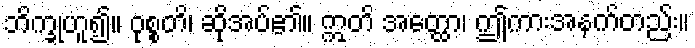
ဘိက္ခုဟူ၍။ ဝုစ္စတိ၊ ဆိုအပ်၏။ ဣတိ အတ္ထော၊ ဤကားအနက်တည်း။